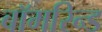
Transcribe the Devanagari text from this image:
बॉमरिन्ड